Annual administration report of the Civil Veterinary Department of India - 1893-1894
Year: 1893
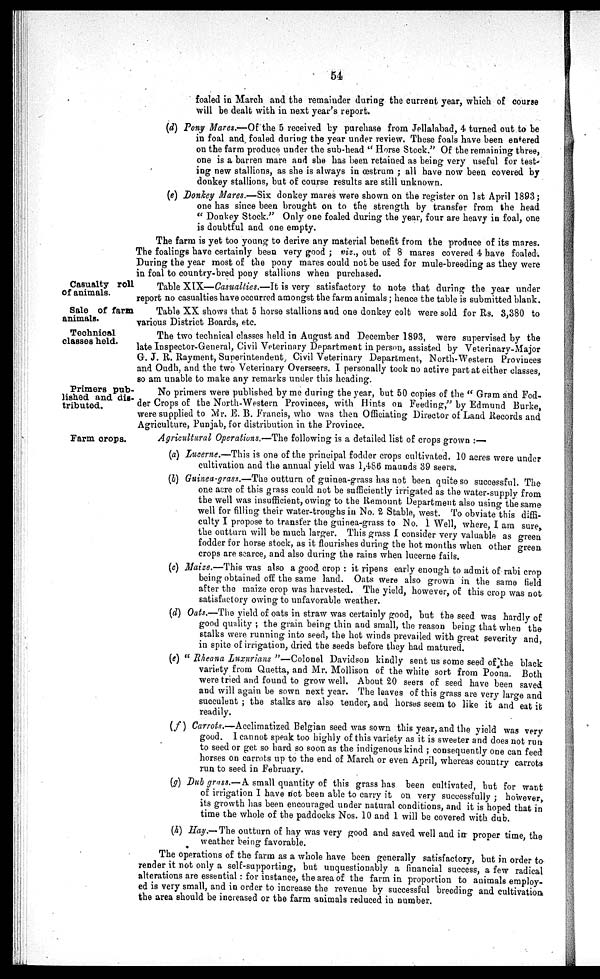
54
foaled in March and the remainder during the current year, which of course
will be dealt with in next year's report.
(d) Pony Mares.—Of the 5 received by purchase from Jellalabad, 4 turned out to be
in foal and foaled during the year under review. These foals have been entered
on the farm produce under the sub-head "Horse Stock." Of the remaining three,
one is a barren mare and she has been retained as being very useful for test-
ing new stallions, as she is always in œstrum; all have now been covered by
donkey stallions, but of course results are still unknown.
(e) Donkey Mares.—Six donkey mares were shown on the register on 1st April 1893;
one has since been brought on to the strength by transfer from the head
"Donkey Stock." Only one foaled during the year, four are heavy in foal, one
is doubtful and one empty.
The farm is yet too young to derive any material benefit from the produce of its mares.
The foalings have certainly been very good; viz., out of 8 mares covered 4 have foaled.
During the year most of the pony mares could not be used for mule-breeding as they were
in foal to country-bred pony stallions when purchased.
Casualty roll
of animals.
Table XIX—Casualties.—It is very satisfactory to note that during the year under
report no casualties have occurred amongst the farm animals; hence the table is submitted blank.
Sale of farm
animals.
Table XX shows that 5 horse stallions and one donkey colt were sold for Rs. 3,380 to
various District Boards, etc.
Technical
classes held.
The two technical classes held in August and December 1893, were supervised by the
late Inspector-General, Civil Veterinary Department in person, assisted by Veterinary-Major
G. J. R. Rayment, Superintendent, Civil Veterinary Department, North-Western Provinces
and Oudh, and the two Veterinary Overseers. I personally took no active part at either classes,
so am unable to make any remarks under this heading.
Primers pub-
lished and dis-
tributed.
No primers were published by me during the year, but 50 copies of the "Gram and Fod-
der Crops of the North-Western Provinces, with Hints on Feeding," by Edmund Burke,
were supplied to Mr. E. B. Francis, who was then Officiating Director of Land Records and
Agriculture, Punjab, for distribution in the Province.
Farm crops.
Agricultural Operations.—The following is a detailed list of crops grown:—
(a) Lucerne.—This is one of the principal fodder crops cultivated. 10 acres were under
cultivation and the annual yield was 1,486 maunds 39 seers.
(b) Guinea-grass.—The outturn of guinea-grass has not been quite so successful. The
one acre of this grass could not be sufficiently irrigated as the water-supply from
the well was insufficient, owing to the Remount Department also using the same
well for filling their water-troughs in No. 2 Stable, west. To obviate this diffi-
culty I propose to transfer the guinea-grass to No. 1 Well, where, I am sure,
the outturn will be much larger. This grass I consider very valuable as green
fodder for horse stock, as it flourishes during the hot months when other green
crops are scarce, and also during the rains when lucerne fails.
(c) Maize.—This was also a good crop: it ripens early enough to admit of rabi crop
being obtained off the same land. Oats were also grown in the same field
after the maize crop was harvested. The yield, however, of this crop was not
satisfactory owing to unfavorable weather.
(d) Oats.—The yield of oats in straw was certainly good, but the seed was hardly of
good quality; the grain being thin and small, the reason being that when the
stalks were running into seed, the hot winds prevailed with great severity and,
in spite of irrigation, dried the seeds before they had matured.
(e) "Rheana Luxurians"—Colonel
Davidson kindly sent us some seed of the black
variety from Quetta, and Mr. Mollison of the white sort from Poona. Both
were tried and found to grow well. About 20 seers of seed have been saved
and will again be sown next year. The leaves of this grass are very large and
succulent; the stalks are also tender, and horses seem to like it and eat it
readily.
(f) Carrots.—Acclimatized Belgian seed was sown this year, and the yield was very
good. I cannot speak too highly of this variety as it is sweeter and does not run
to seed or get so hard so soon as the indigenous kind; consequently one can feed
horses on carrots up to the end of March or even April, whereas country carrots
run to seed in February.
(g) Dub grass.—A small quantity of this grass has been cultivated, but for want
of irrigation I have not been able to carry it on very successfully; however,
its growth has been encouraged under natural conditions, and it is hoped that in
time the whole of the paddocks Nos. 10 and 1 will be covered with dub.
(h) Hay.—The outturn of hay was very good and saved well and in proper time, the
weather being favorable.
The operations of the farm as a whole have been generally satisfactory, but in order to
render it not only a self-supporting, but unquestionably a financial success, a few radical
alterations are essential: for instance, the area of the farm in proportion to animals employ-
ed is very small, and in order to increase the revenue by successful breeding and cultivation
the area should be increased or the farm animals reduced in number.